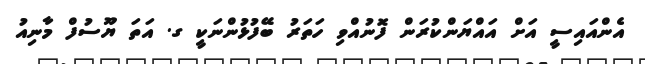
އެންއައިސީ އަށް އައްޔަންކުރަން ފޮނުއްވި ހަތަރު ބޭފުޅުންނަކީ ގ. އަތަ ޔޫސުފް މާނިއު